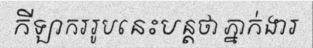
កីឡាកររូបនេះបន្តថា ភ្នាក់ងារ